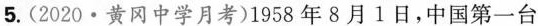
5.(2020·黄冈中学月考)1958年8月1日，中国第一台